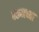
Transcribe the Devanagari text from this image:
वरूनच्या